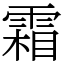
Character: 霜